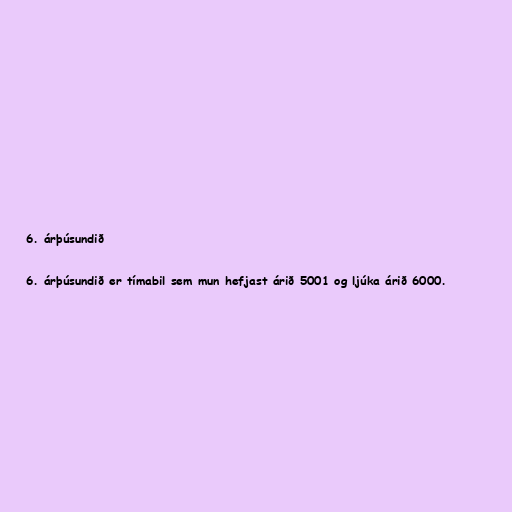
6. árþúsundið

6. árþúsundið er tímabil sem mun hefjast árið 5001 og ljúka árið 6000.